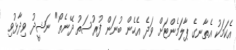
އެކަމަކު އެތާނގެ ޕާލަމެންޓަށް ވަދެ އެހެން ބުނަން ފުރުސަތު ދޭނެތޯ" ނަޝީދު ވިދާޅުވި